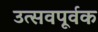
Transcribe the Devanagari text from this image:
उत्सवपूर्वक